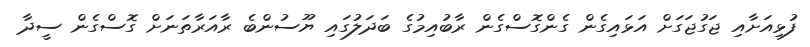
ފުޅިއަށާއި ޖަގުޖަގަށް އަޅައިގެން ގެންގޮސްގެން ރާބުއިމުގެ ބަދަލުގައި ޔޫސުންބެ ރާއަރާތަނަށް ގޮސްގެން ސީދާ